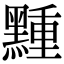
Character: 䵯